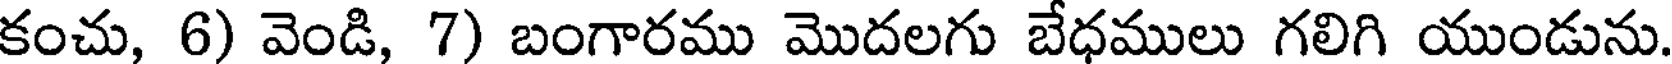
కంచు, 6) వెండి, 7) బంగారము మొదలగు బేధములు గలిగి యుండును